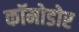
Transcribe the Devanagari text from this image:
कॉमोडोर